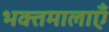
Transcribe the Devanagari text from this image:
भक्तमालाएँ